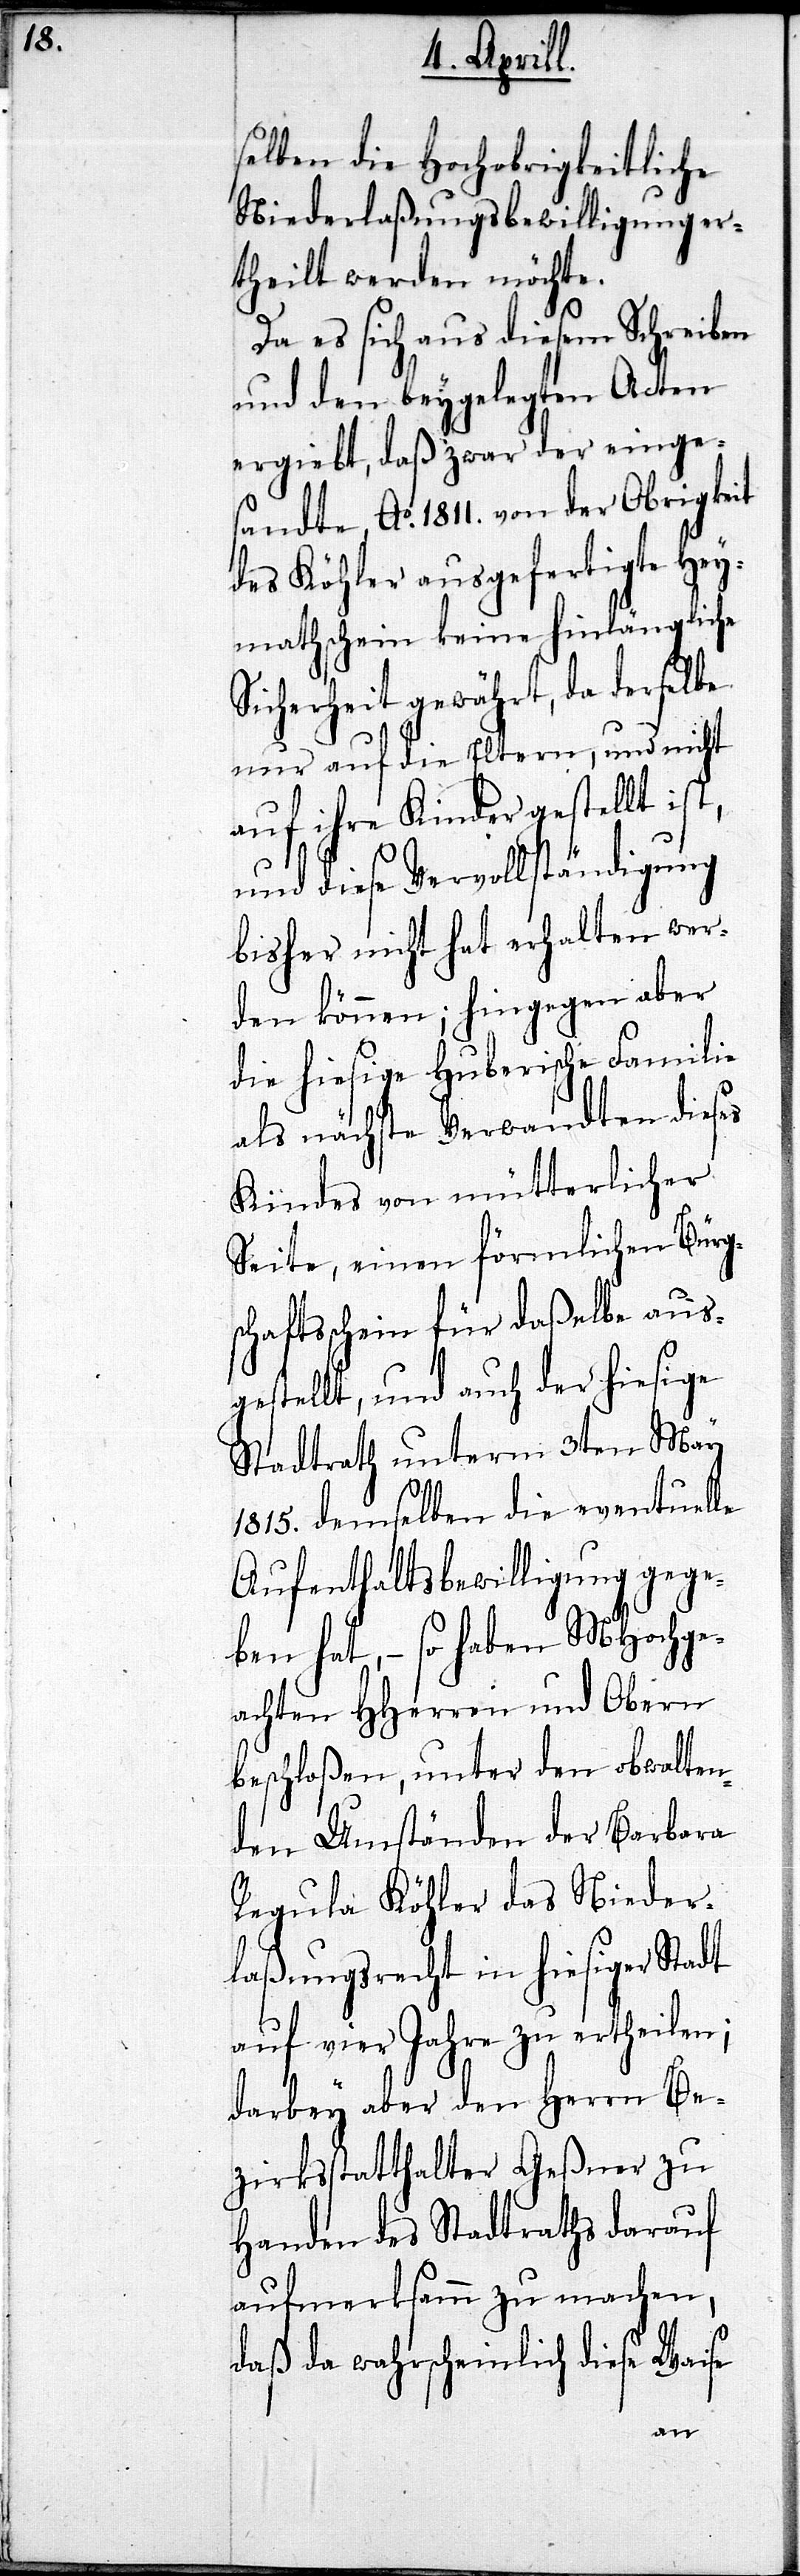
selben die Hochobrigkeitliche
Niederlaßungsbewilligung er¬
theilt werden möchte.
Da es sich aus diesem Schreiben
und den beygelegten Acten
ergiebt, daß zwar der einge¬
sandte Ao. 1811. von der Obrigkeit
des Köhler ausgefertigte Hey¬
mathschein keine hinlängliche
Sicherheit gewährt, da derselbe
nur auf die Eltern, und nicht
auf ihre Kinder gestellt ist,
und diese Vervollständigung
bisher nicht hat erhalten wer¬
den können; hingegen aber
die hiesige Huberische Familie
als nächste Verwandten dieses
Kindes von mütterlicher
chaftsschein für daßelbe aus¬
gestellt, und auch der hiesige
Stadtrath unterm 3ten May
1815. demselben die eventuelle
Aufenthaltsbewilligung gege¬
chge¬
ben hat,– so haben MHo¬
achten HHerren und Obern
beschloßen, unter den obwalten¬
den Umständen der Barbara
Regula Köhler das Nieder¬
laßungsrecht in hiesiger Stadt
auf vier Jahre zu ertheilen;
darbey aber den Herrn Be¬
zirksstatthalter Geßner zu
Handen des Stadtraths darauf
aufmerksam zu machen,
daß da wahrscheinlich diese Waise
einen